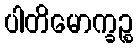
ပါတိမောက္ခဉ္စ